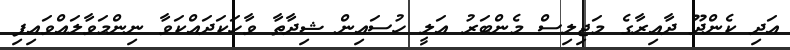
އަދި ކެންދޫ ދާއިރާގެ މަޖިލިސް މެންބަރު އަލީ ހުސައިން ޝިދާތާ ވާހަކަދައްކަވާ ނިންމަވާލައްވައިފި